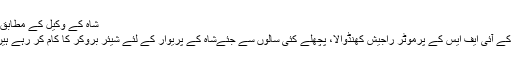
شاہ کے وکیل کے مطابق :
‘ کے آئی ایف ایس کے پرموٹر راجیش کھنڈوالا، پچھلے کئی سالوں سے جئےشاہ کے پریوار کے لئے شیئر بروکر کا کام کر رہے ہیں۔